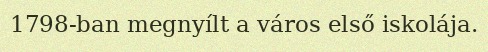
1798-ban megnyílt a város első iskolája.